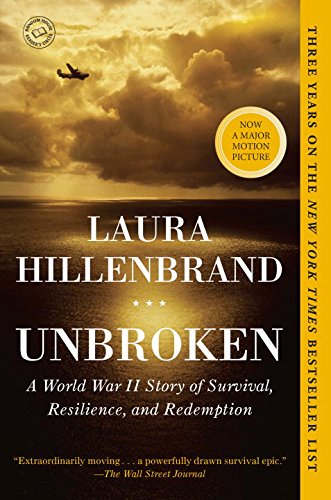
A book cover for Unbroken: A World War II Story of Survival, Resilience, and Redemption; Laura Hillenbrand; Biographies & Memoirs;